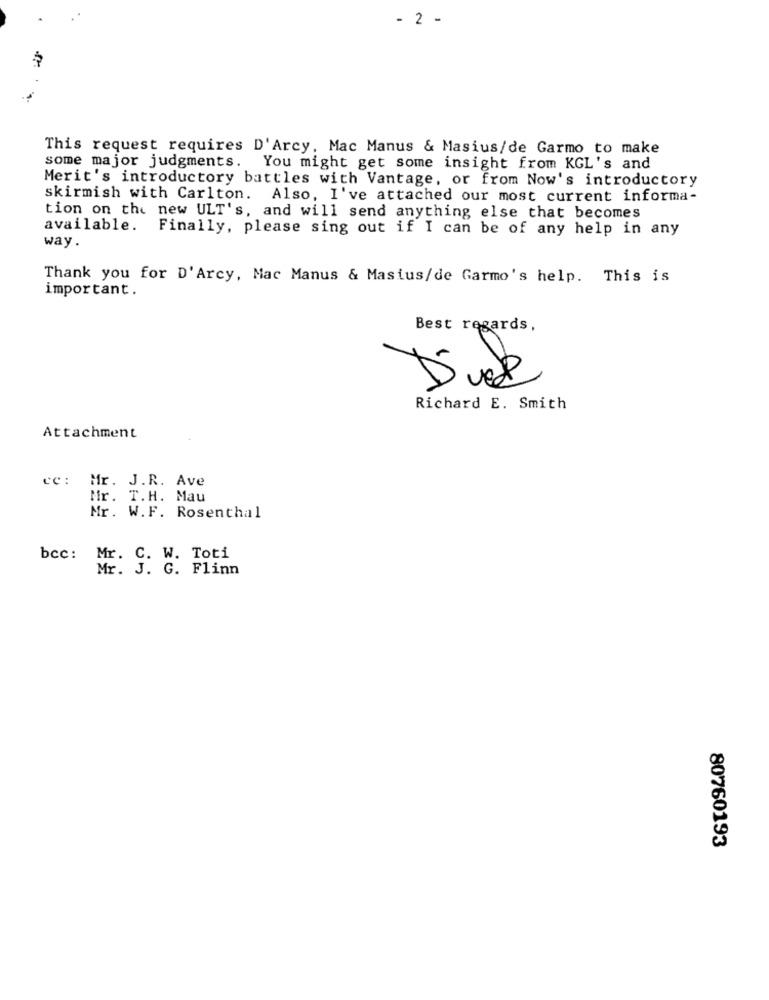
- 2 -
This request requires D'Arcy, Mac Manus & Masius/de Garmo to make
some major judgments. You might get some insight from KGL's and
Merit's introductory battles with Vantage, or from Now's introductory
skirmish with Carlton. Also, I've attached our most current informa-
tion on the new ULT's, and will send anything else that becomes
available. Finally, please sing out if I can be of any help in any
way.
Thank you for D'Arcy, Mac Manus & Masius/de Garmo's help. This is
important.
Best regards,
D'uel
Richard E. Smith
Attachment
cc: Mr. J.R. Ave
Mr. T.H. Mau
Mr. W.F. Rosenthal
bcc: Mr. C. W. Toti
Mr. J. G. Flinn
80760193